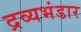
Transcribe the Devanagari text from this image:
द्रव्यभंडार